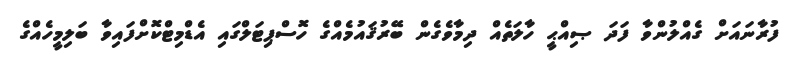
ފުރާނައަށް ގެއްލުންވާ ފަދަ ޞިއްޙީ ހާލަތެއް ދިމާވެގެން ބޭރުޤައުމެއްގެ ހޮސްޕިޓަލްގައި އެޑްމިޓްކޮށްފައިވާ ބަލިމީހެއްގެ